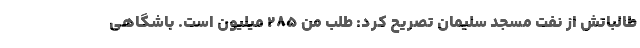
طالباتش از نفت مسجد سلیمان تصریح کرد: طلب من 285 میلیون است. باشگاهی